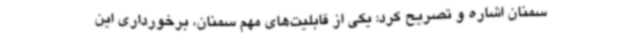
سمنان اشاره و تصریح کرد: یکی از قابلیت‌های مهم سمنان، برخورداری این